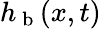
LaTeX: h_{\mathrm{~b~}}(x,t)